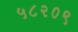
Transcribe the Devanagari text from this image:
५८२०९